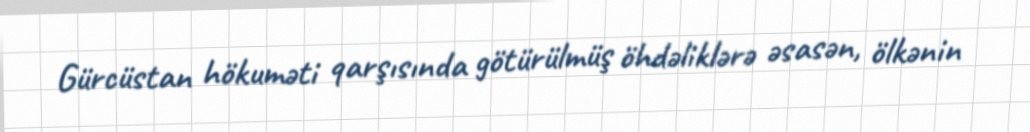
Gürcüstan hökuməti qarşısında götürülmüş öhdəliklərə əsasən, ölkənin